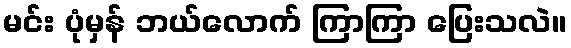
မင်း ပုံမှန် ဘယ်လောက် ကြာကြာ ပြေးသလဲ။